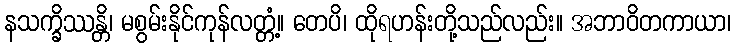
နသက္ခိဿန္တိ၊ မစွမ်းနိုင်ကုန်လတ္တံ့။ တေပိ၊ ထိုရဟန်းတို့သည်လည်း။ အဘာဝိတကာယာ၊